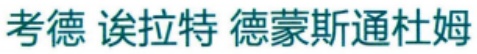
考德 诶拉特 德蒙斯通杜姆